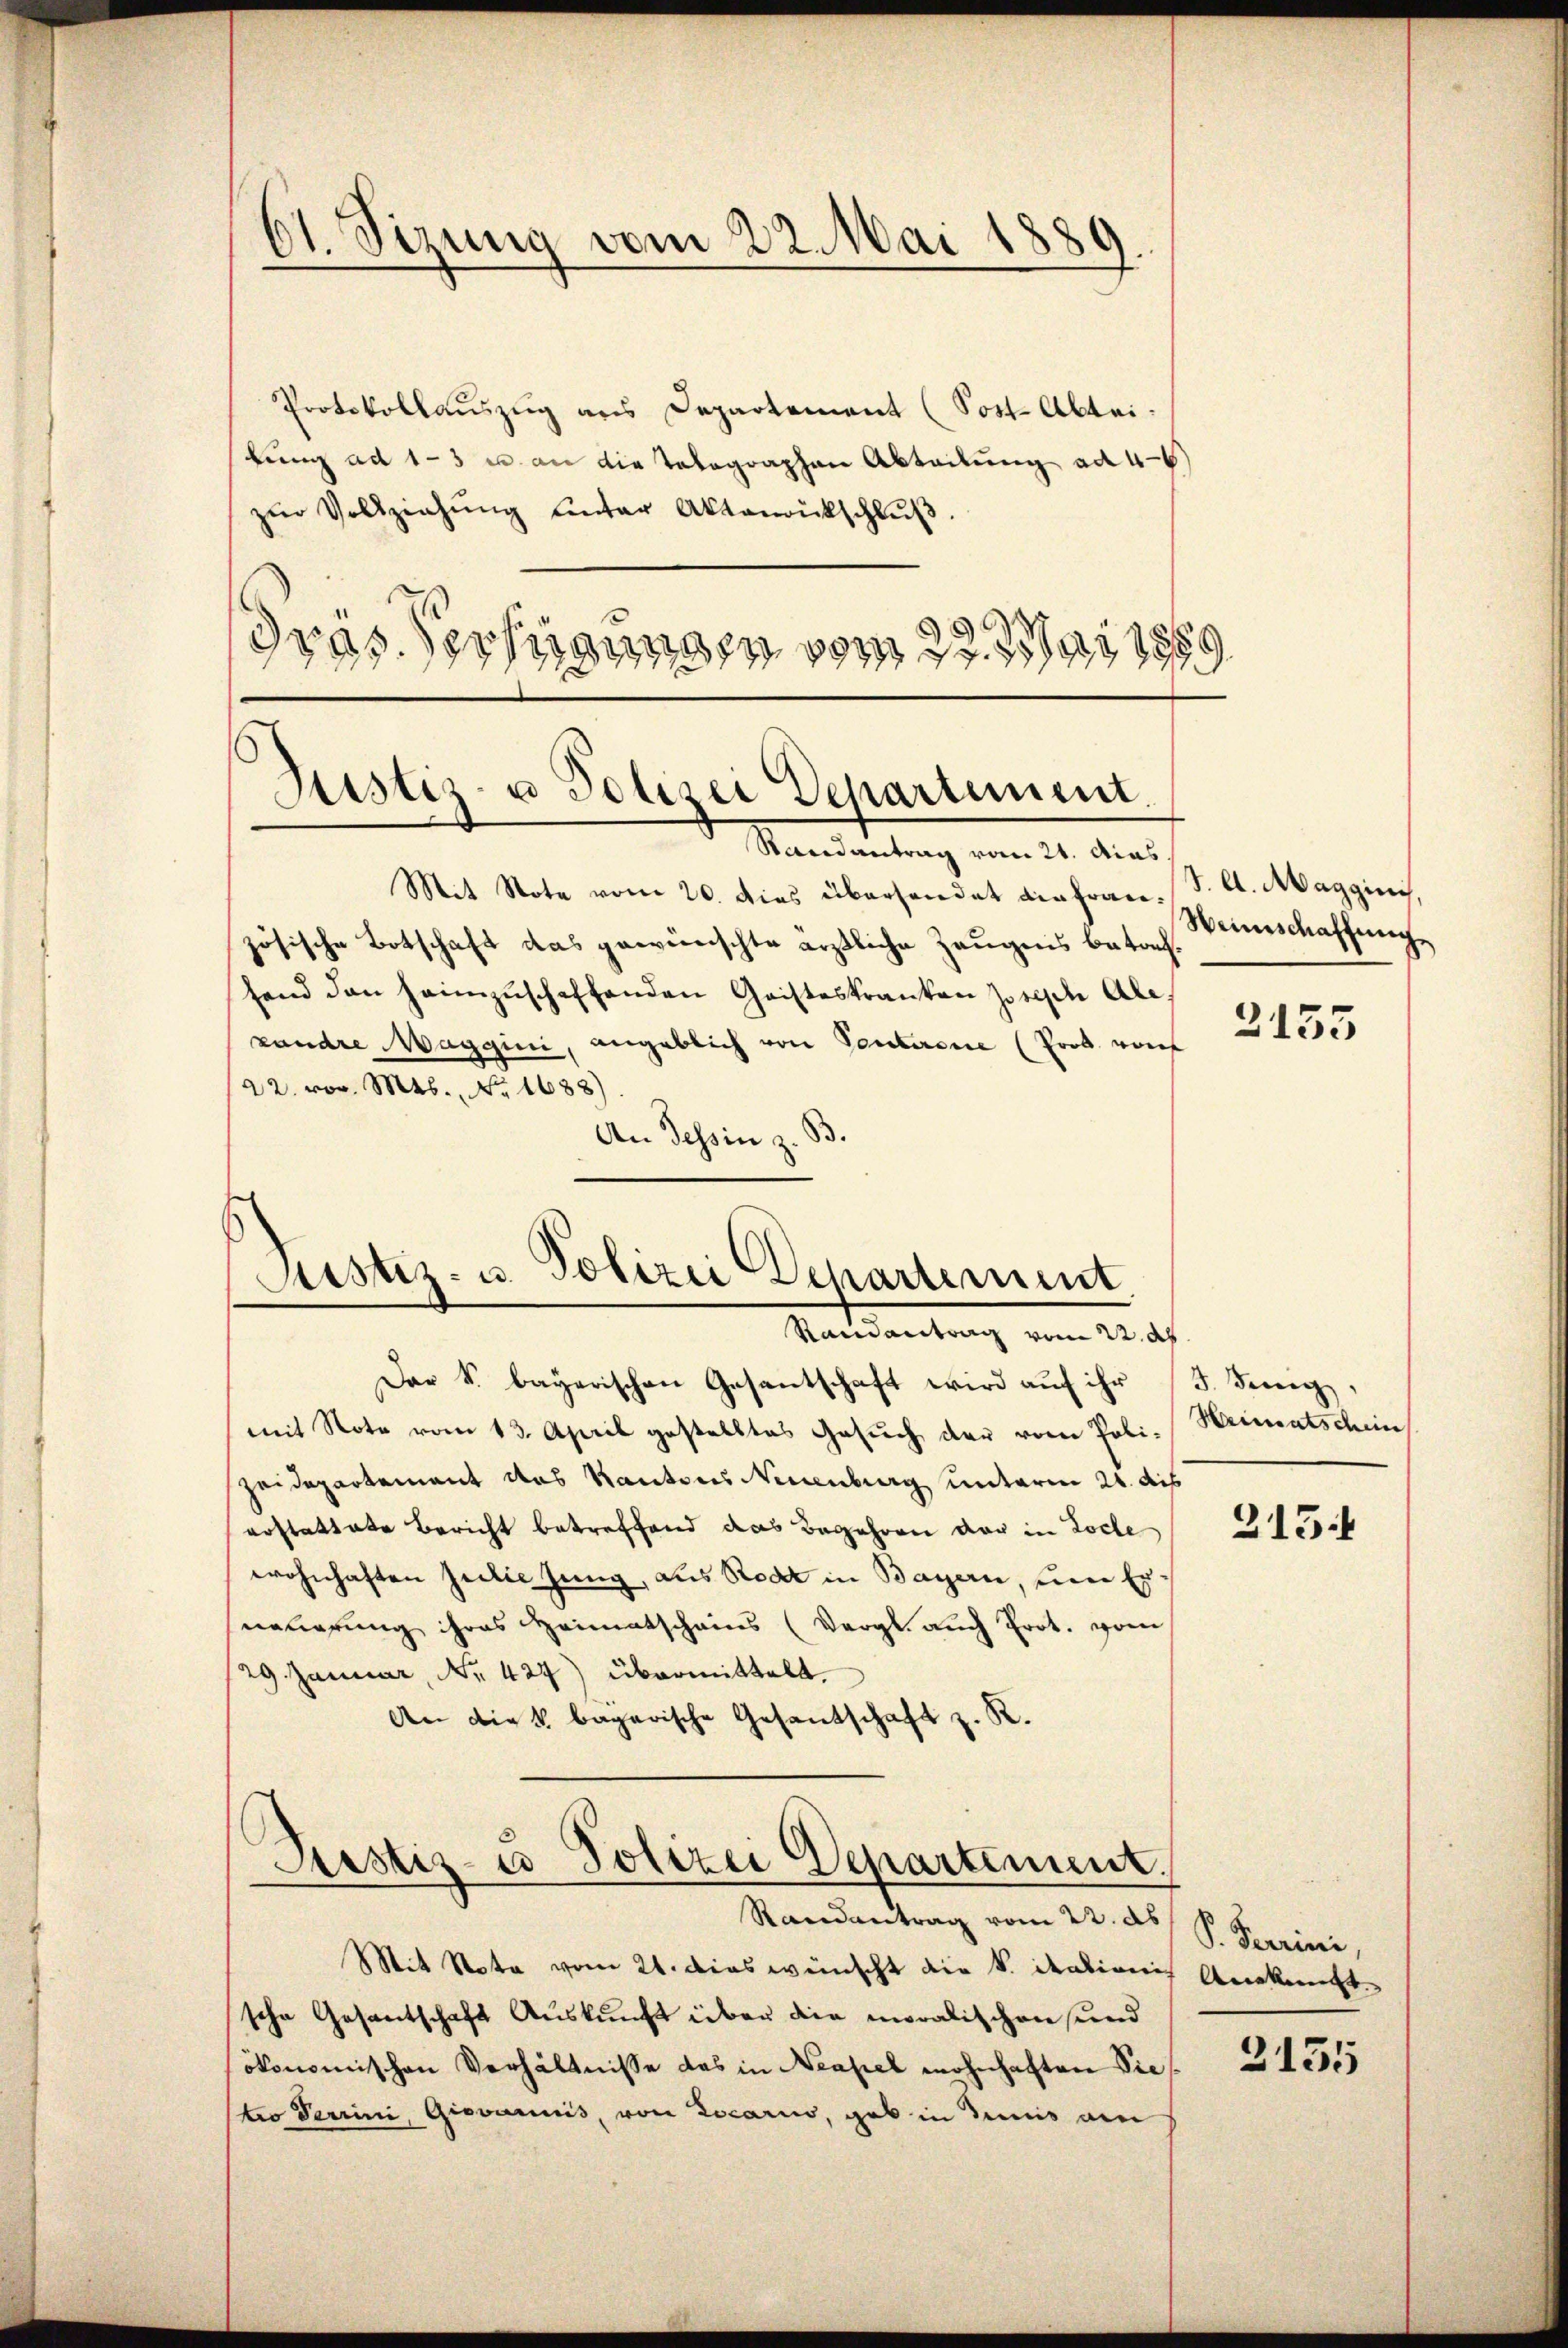
dt. Sizung vom 22. Mai 1889

Randantrag vom 21. das
Mit Note vom 20. dies überhandet die frau, S. l. Maggini,
zösische Botschaft das gewünschte ärztliche Zeugnis betachfend den heimzŭschaffenden Geisteskranken Joseph Ale.
xandre Maggini, angeblich von Ponterene (Prob. von
22. v. Mts. No. 1688).
An Tessin z. B.

Protokollauszug aus Departement (Sost-Abtei
bŭng ad 1-3 u. an die Telegraphen Abteilung ad 46)
zŭr Vollziehŭng ŭnter Aktenrückschlŭβ
Gras Verfügungen vom 22. Mai 1889

Justiz- u Polizei Departement

Justiz- u. Polizei Departement,
Randantrag vom 22. d.

Der k. bayerischen Gesantschaft wird auf ihr
mit Note vom 13. April gestelltes Gesŭch der vom Poli-Heimatschein
Zeidepartement das Kantons Neuenburg unterm 21. dis
erstattete Bericht betreffend das Begehren der in Loche
wohnhaften Jedlie Jung, aus Rod in Bayern, um Er
neuerung ihres Heimatscheins (Vergl. auch Prot. vom
29. Januar, No. 427) übermittelt.
An die k. bagarische Gesandschaft z. R.

Justiz- u Polizei Departement.
Randantrag vom 22. ds

Mit Nota vom 21. dies wünscht die k. italienis Ankunft
sche Gesantschaft Auskunft über die moralischen und
ökonomischen Verhältnisse das in Neapel wohnhaften Sietro Terrini, Giovannis, von Locario, gab in diniis am

Weinschaffunge

2155

5. Denig,

215.

P. Terrini,

2131